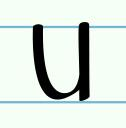
u